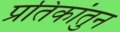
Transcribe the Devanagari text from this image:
प्रतिकांतुन